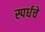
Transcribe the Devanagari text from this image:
स्पर्धचे